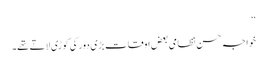
‘‘
خواجہ حسن نظامی بعض اوقات بڑی دور کی کوڑی لاتے تھے۔